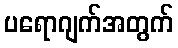
ပရောဂျက်အတွက်